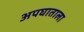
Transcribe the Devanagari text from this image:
अपघाताला